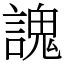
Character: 謉